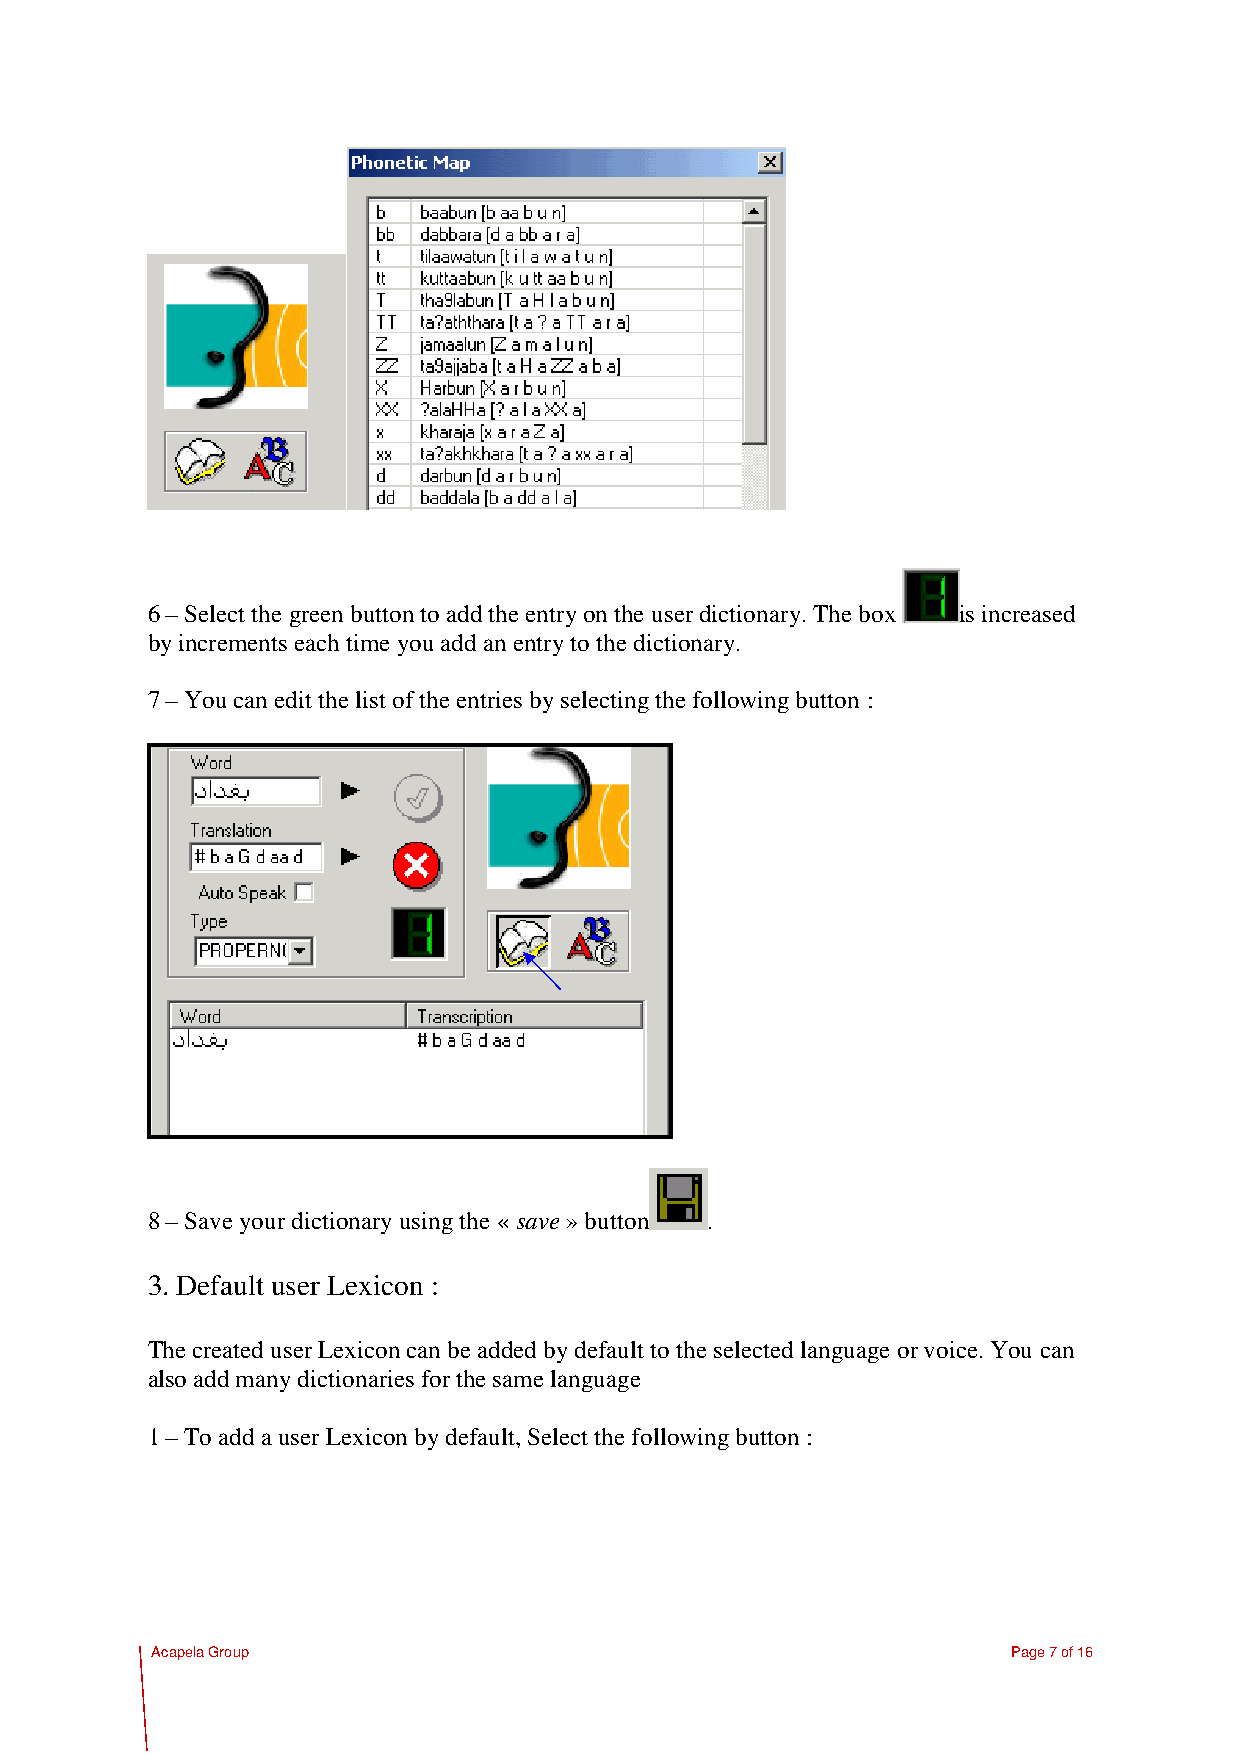
6 – Select the green button to add the entry on the user dictionary. The box is increased
 by increments each time you add an entry to the dictionary.
 7 – You can edit the list of the entries by selecting the following button :
 8 – Save your dictionary using the « save » button .
 3. Default user Lexicon :
 The created user Lexicon can be added by default to the selected language or voice. You can
 also add many dictionaries for the same language
 1 – To add a user Lexicon by default, Select the following button :
 Acapela Group                                            Page 7 of 16